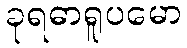
ခုရဓာရူပမော